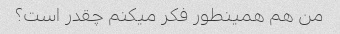
من هم همینطور فکر میکنم چقدر است؟